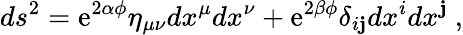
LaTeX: ds^{2}=\mathrm{e}^{2\alpha\phi}\eta_{\mu\nu}dx^{\mu}dx^{\nu}+\mathrm{e}^{2\beta\phi}\delta_{i\mathbf{j}}dx^{i}dx^{\mathbf{j}}\ ,